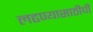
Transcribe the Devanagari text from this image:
लढण्यासाठीची